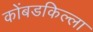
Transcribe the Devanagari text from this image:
कोंबडकिल्ला